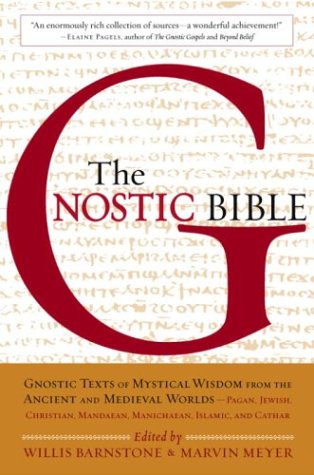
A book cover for The Gnostic Bible: Gnostic Texts of Mystical Wisdom from the Ancient and Medieval Worlds; Christian Books & Bibles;